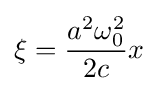
\xi ={\frac {a^{2}\omega _{0}^{2}}{2c}}x